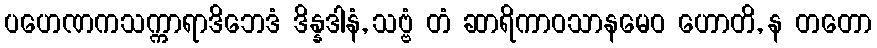
ပဟေဏကသက္ကာရာဒိဘေဒံ ဒိန္နဒါနံ, သဗ္ဗံ တံ ဆာရိကာဝသာနမေဝ ဟောတိ, န တတော